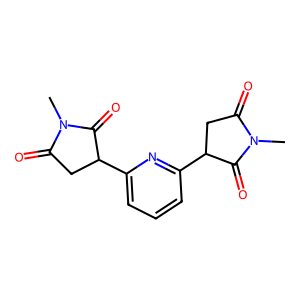
SMILES: CN1C(=O)CC(c2cccc(C3CC(=O)N(C)C3=O)n2)C1=O
Inhibits HIV replication: No